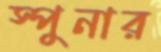
স্পুনার